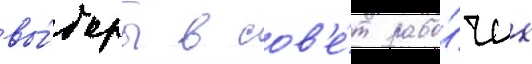
вы́боры в сов'е́т рабо́чих